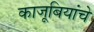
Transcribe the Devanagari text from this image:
काजूबियांचे